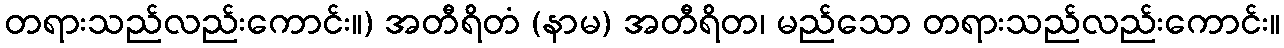
တရားသည်လည်းကောင်း။) အတီရိတံ (နာမ) အတီရိတ၊ မည်သော တရားသည်လည်းကောင်း။